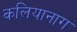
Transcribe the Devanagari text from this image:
कलियानाग